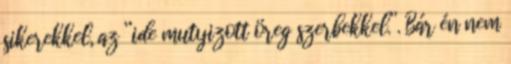
sikerekkel, az “ide mutyizott öreg szerbekkel.”. Bár én nem